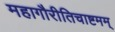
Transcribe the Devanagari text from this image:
महागौरीतिचाष्टमम्